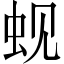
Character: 蚬